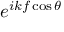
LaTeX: e ^ { i k f \cos \theta }